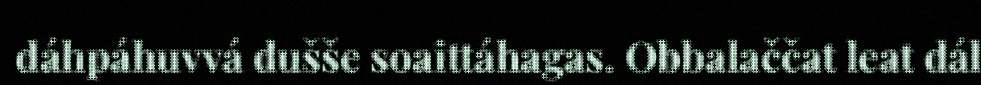
dáhpáhuvvá dušše soaittáhagas. Obbalaččat leat dál